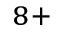
^ { 8 + }